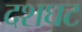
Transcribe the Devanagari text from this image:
दशघट